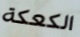
الكعكة